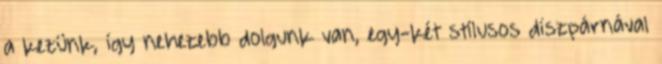
a kezünk, így nehezebb dolgunk van, egy-két stílusos díszpárnával